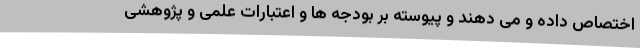
اختصاص داده و می دهند و پیوسته بر بودجه ها و اعتبارات علمی و پژوهشی